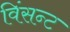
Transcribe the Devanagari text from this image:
विंसन्ट